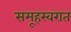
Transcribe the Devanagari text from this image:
समूहस्वरात